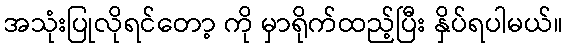
အသုံးပြုလိုရင်တော့ ကို မှာရိုက်ထည့်ပြီး နှိပ်ရပါမယ်။